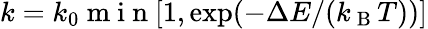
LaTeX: k=k_{0}\mathrm{~m~i~n~}[1,\exp(-\Delta E/(k_{\mathrm{~B~}}T))]